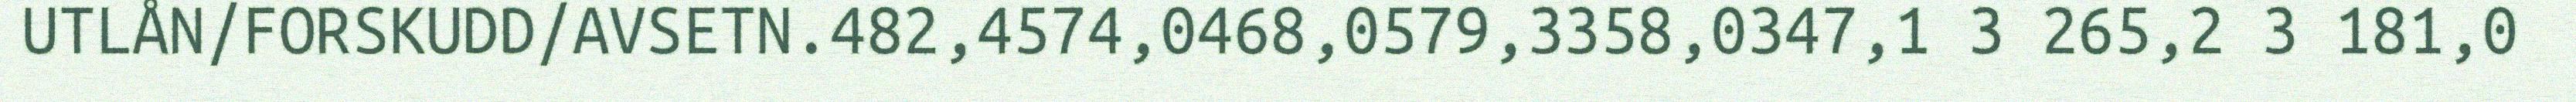
UTLÅN/FORSKUDD/AVSETN.482,4574,0468,0579,3358,0347,1 3 265,2 3 181,0